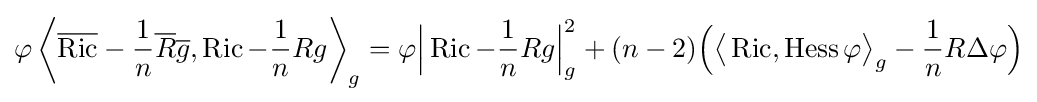
\varphi \left\langle {\overline {\operatorname {Ric} }}-{\frac {1}{n}}{\overline {R}}{\overline {g}},\operatorname {Ric} -{\frac {1}{n}}Rg\right\rangle _{g}=\varphi {\Big |}\operatorname {Ric} -{\frac {1}{n}}Rg{\Big |}_{g}^{2}+(n-2){\Big (}{\big \langle }\operatorname {Ric} ,\operatorname {Hess} \varphi {\big \rangle }_{g}-{\frac {1}{n}}R\Delta \varphi {\Big )}